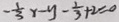
- \frac { 1 } { 3 } x - y - \frac { 1 } { 3 } + 2 = 0